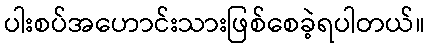
ပါးစပ်အဟောင်းသားဖြစ်စေခဲ့ရပါတယ်။